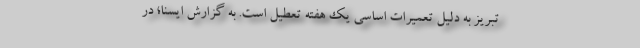
تبریز به دلیل تعمیرات اساسی یک‌ هفته تعطیل است. به گزارش ایسنا؛ در